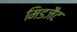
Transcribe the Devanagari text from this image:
मिडजैट